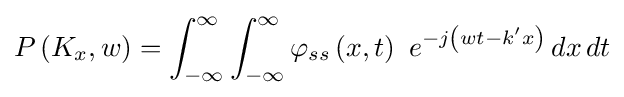
P\left(K_{x},w\right)=\int _{-\infty }^{\infty }\int _{-\infty }^{\infty }\varphi _{ss}\left(x,t\right)\ e^{-j\left(wt-k'x\right)}\,dx\,dt